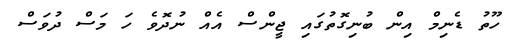
ހޫތު ޑެނިމް އިން ބުނިގޮތުގައި ޖީންސް އެއް ނުދޮވެ ހަ މަސް ދުވަސް